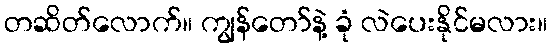
တဆိတ်လောက်။ ကျွန်တော်နဲ့ ခုံ လဲပေးနိုင်မလား။